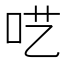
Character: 呓